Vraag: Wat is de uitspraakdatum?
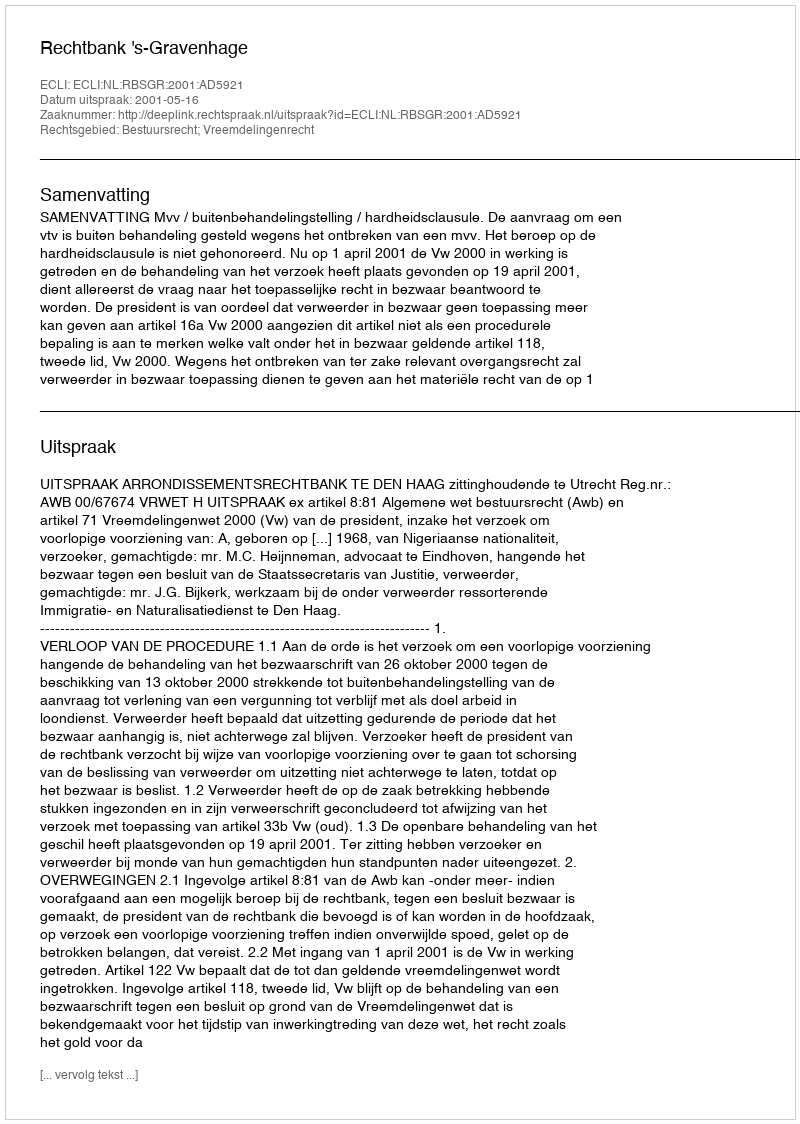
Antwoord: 2001-05-16